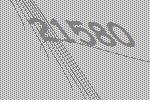
21580